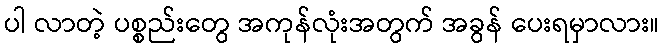
ပါ လာတဲ့ ပစ္စည်းတွေ အကုန်လုံးအတွက် အခွန် ပေးရမှာလား။